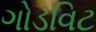
ગોડવિટ